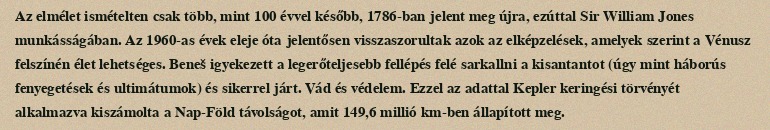
Az elmélet ismételten csak több, mint 100 évvel később, 1786-ban jelent meg újra, ezúttal Sir William Jones munkásságában. Az 1960-as évek eleje óta jelentősen visszaszorultak azok az elképzelések, amelyek szerint a Vénusz felszínén élet lehetséges. Beneš igyekezett a legerőteljesebb fellépés felé sarkallni a kisantantot (úgy mint háborús fenyegetések és ultimátumok) és sikerrel járt. Vád és védelem. Ezzel az adattal Kepler keringési törvényét alkalmazva kiszámolta a Nap-Föld távolságot, amit 149,6 millió km-ben állapított meg.